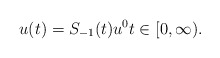
\begin{align*} u(t) = S_{-1}(t) u^{0} t \in [0, \infty). \end{align*}